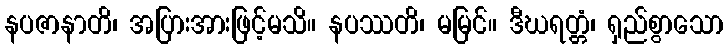
နပဇာနာတိ၊ အပြားအားဖြင့်မသိ။ နပဿတိ၊ မမြင်။ ဒီဃရတ္တံ၊ ရှည်စွာသော